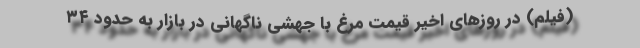
(فیلم) در روزهای اخیر قیمت مرغ با جهشی ناگهانی در بازار به حدود ۳۴